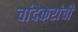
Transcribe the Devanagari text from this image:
चांदेकरांची